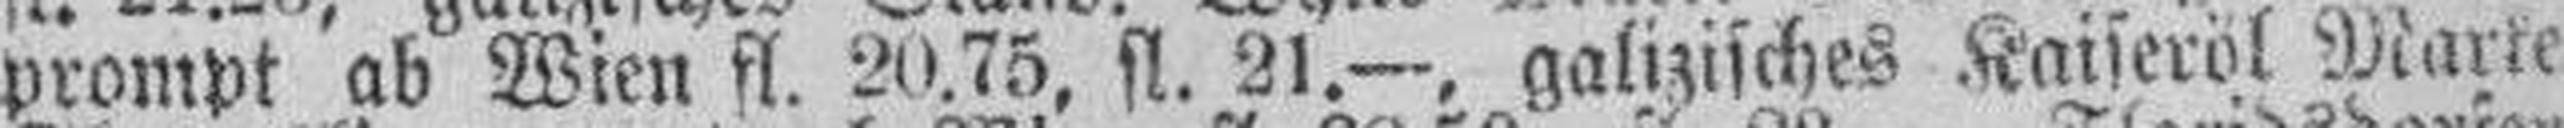
prompt ab Wien fl. 20.75, fl. 21.—, galizisches Kaiseröl Marke